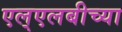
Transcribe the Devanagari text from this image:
एल्‌एलबीच्या